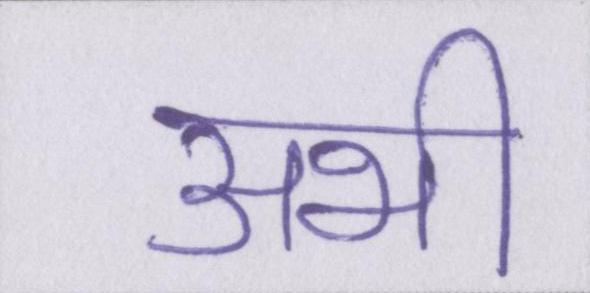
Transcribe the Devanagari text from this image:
अभी